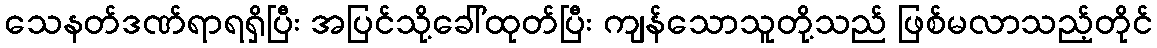
သေနတ်ဒဏ်ရာရရှိပြီး အပြင်သို့ခေါ်ထုတ်ပြီး ကျန်သောသူတို့သည် ဖြစ်မလာသည့်တိုင်